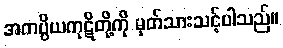
အကပ္ပိယကုဋိတို့ကို မှတ်သားသင့်ပါသည်။